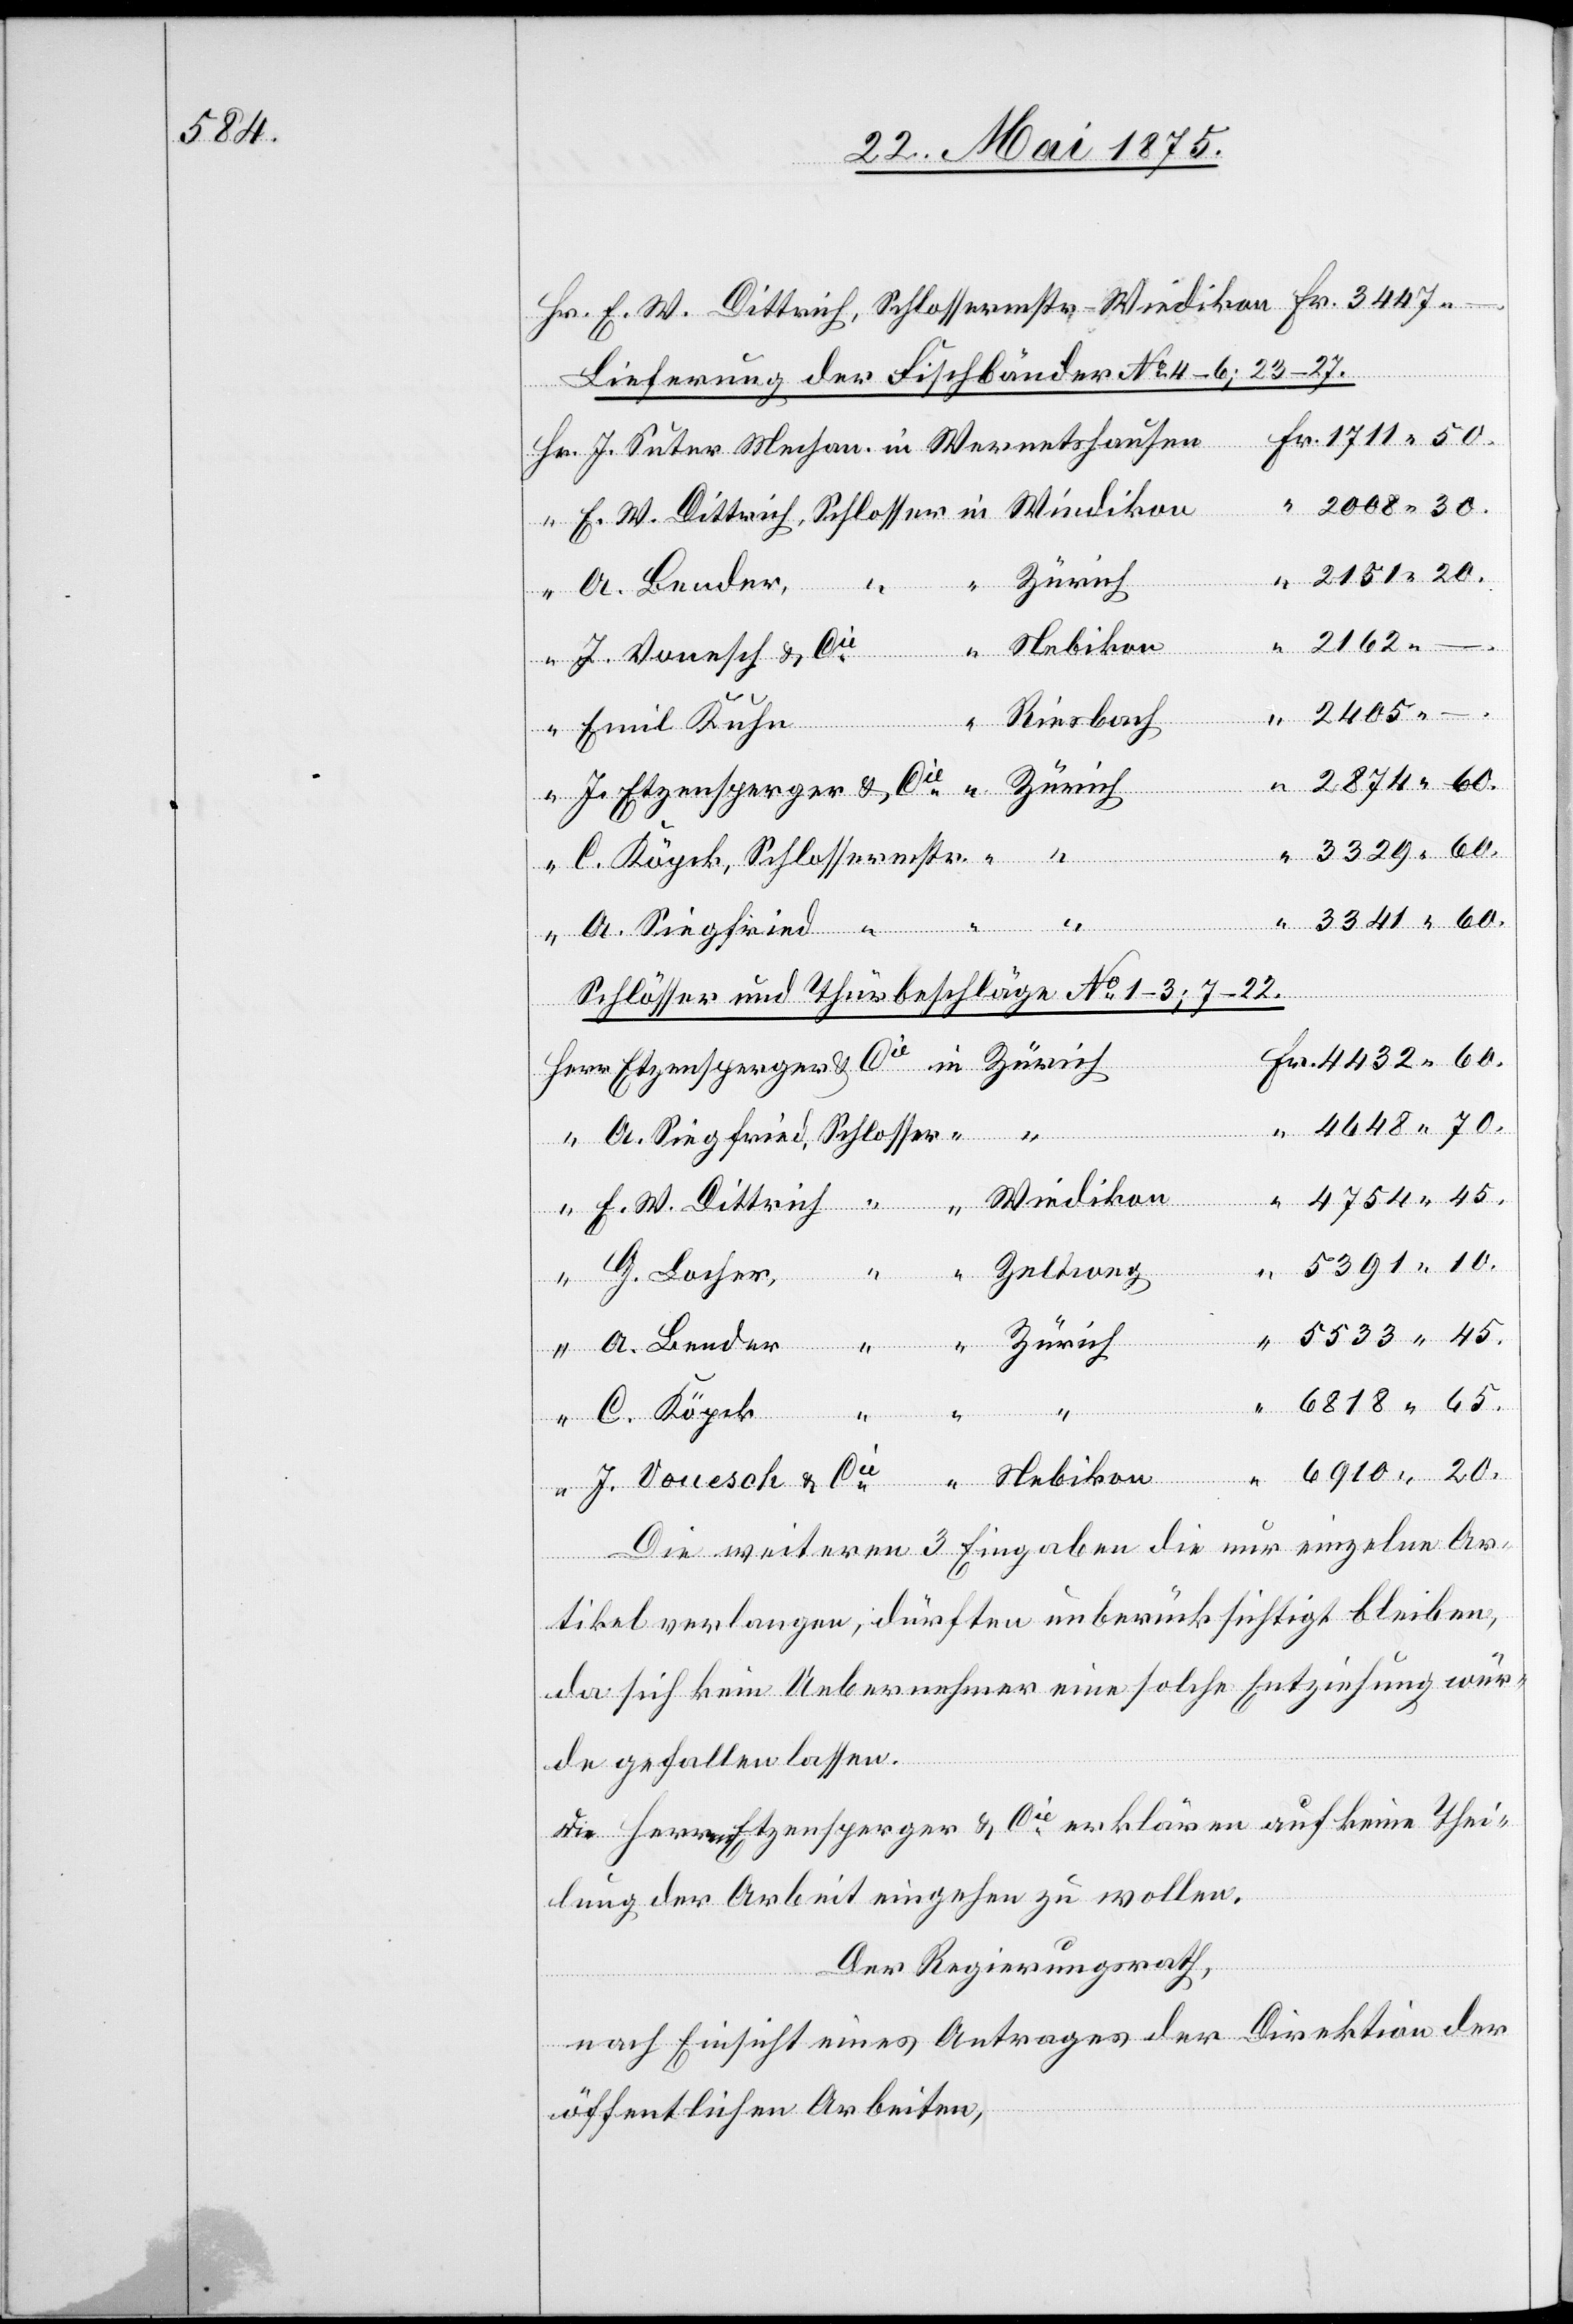
Lieferung der Fischbänder No 4–6; 23–27.
E. W. Dittrich, Schlossermstr - Wiedikon
Nebikon
J. Vonesch & Cie
Riesbach
Emil Kuhn
2874 60.
5533
A. Siegfried,
Schlösser und Thürbeschläge No 1–3; 7–22.
4754 45.
–.
C.
G. Locher
Zürich
6818 65.
45.
6910 20.
Die weiteren 3 Eingaben die nur einzelne Ar¬
in
tikel verlangen, dürften unberücksichtigt bleiben,
da sich kein Uebernehmer eine solche Entziehung wür¬
de gefallen lassen.
Herr Etzensperger & Cie erklären auf keine Thei¬
lung der Arbeit eingehen zu wollen.
Der Regierungsrath,
nach Einsicht eines Antrages der Direktion der
öffentlichen Arbeiten,